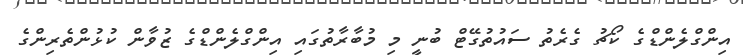
އިންގްލެންޑްގެ ކޯޗު ގެރެތު ސައުތުގޭޓް ބުނީ މި މުބާރާތުގައި އިންގްލެންޑްގެ ޒުވާން ކުޅުންތެރިންގެ